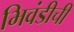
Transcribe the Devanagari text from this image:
भिवंडीची